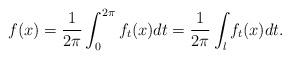
LaTeX: \begin{align*}f(x)=\frac{1}{2\pi}\int\nolimits_{0}^{2\pi}f_{t}(x)dt=\frac{1}{2\pi}\int_{l}f_{t}(x)dt.\end{align*}